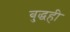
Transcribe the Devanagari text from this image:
बुद्धही